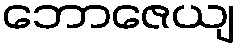
ဘောဇေယျ